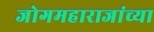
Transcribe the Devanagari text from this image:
जोगमहाराजांच्या